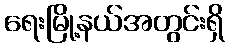
ရေးမြို့နယ်အတွင်းရှိ